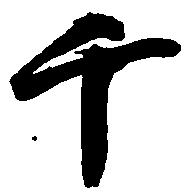
千